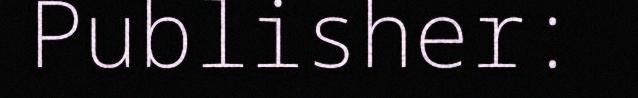
Publisher: